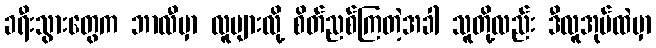
ခရီးသွားတွေက ဘာလီမှာ လူများလို့ စိတ်ညစ်ကြတဲ့အခါ သူတို့လည်း ဒီလူအုပ်ထဲမှာ